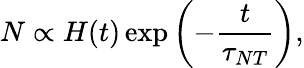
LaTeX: N\propto H(t)\exp\left(-\frac{t}{\tau_{NT}}\right),